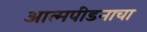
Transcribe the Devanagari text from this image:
आत्मपीडनाचा